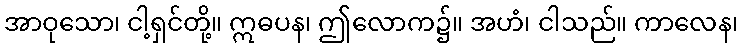
အာဝုသော၊ ငါ့ရှင်တို့။ ဣဓပန၊ ဤလောက၌။ အဟံ၊ ငါသည်။ ကာလေန၊